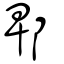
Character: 郫